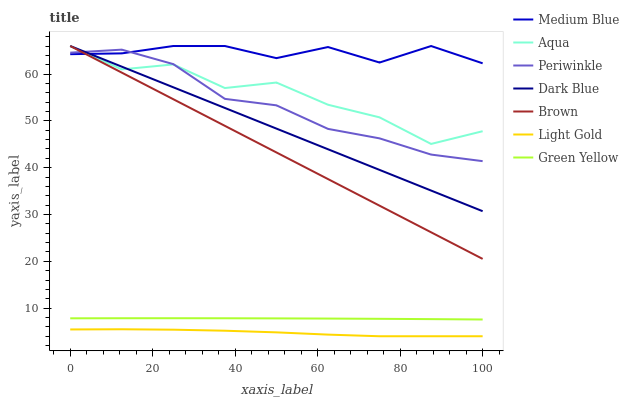
| xaxis_label | Medium Blue | Aqua | Periwinkle | Dark Blue | Brown | Light Gold | Green Yellow |
 | --- | --- | --- | --- | --- | --- | --- | --- |
 | 0 | 64.3 | 66 | 64.6 | 66 | 66 | 5.45 | 7.83 |
 | 12.5 | 64.4 | 61 | 65.2 | 61.6 | 60.3 | 5.49 | 7.85 |
 | 25 | 66 | 62.1 | 62.1 | 57.2 | 54.6 | 5.4 | 7.85 |
 | 37.5 | 66 | 57 | 54.7 | 52.8 | 48.9 | 5.18 | 7.84 |
 | 50 | 63.4 | 58.2 | 53.3 | 48.4 | 43.3 | 4.83 | 7.82 |
 | 62.5 | 65.8 | 53.5 | 48.3 | 43.9 | 37.6 | 4.35 | 7.78 |
 | 75 | 62.5 | 50.8 | 46.3 | 39.5 | 31.9 | 4 | 7.72 |
 | 87.5 | 66 | 45.1 | 42.8 | 35.1 | 26.2 | 4 | 7.66 |
 | 100 | 62.3 | 47.8 | 41.4 | 30.7 | 20.5 | 4 | 7.58 |